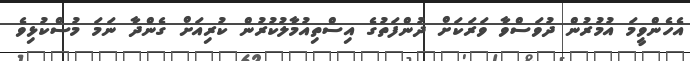
އެހެންވީމަ އުމުރުން ދުވަސްވާ ވަރަކަށް ދުންފަތުގެ އިސްތިއުމާލުކުރުން ކުރިއަށް ގެންދާ ނަމަ މުސްކުޅިވެ